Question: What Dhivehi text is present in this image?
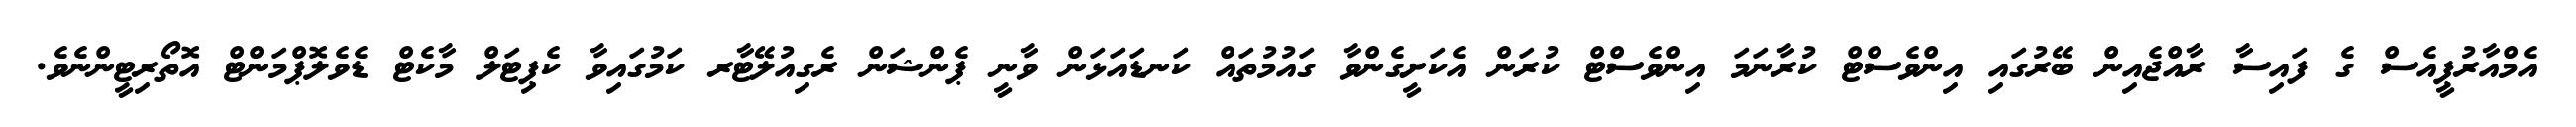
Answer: އެމްއާރުޕީއެސް ގެ ފައިސާ ރާއްޖެއިން ބޭރުގައި އިންވެސްޓް ކުރާނަމަ އިންވެސްޓް ކުރަން އެކަށީގެންވާ ގައުމުތައް ކަނޑައަޅަން ވާނީ ޕެންޝަން ރެގިއުލޭޓާރ ކަމުގައިވާ ކެޕިޓަލް މާކެޓް ޑެވެލޮޕްމަންޓް އޮތޯރިޓީންނެވެ.